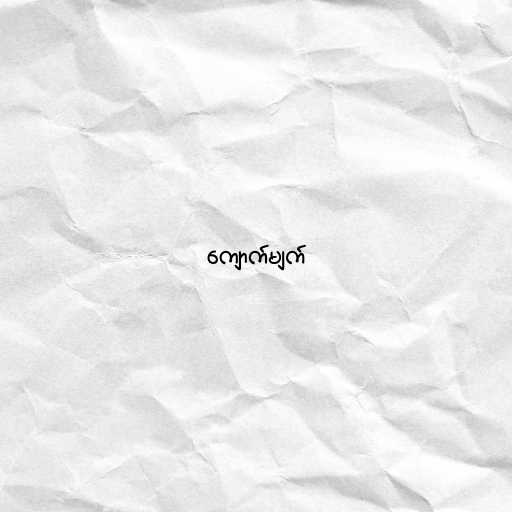
ကျောက်မျက်